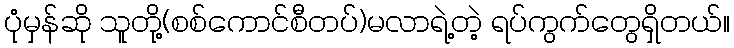
ပုံမှန်ဆို သူတို့(စစ်ကောင်စီတပ်)မလာရဲ့တဲ့ ရပ်ကွက်တွေရှိတယ်။